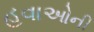
હવાઓની